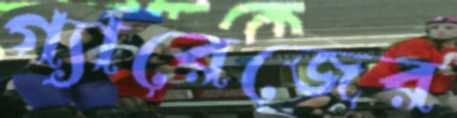
গ্যারেজের